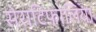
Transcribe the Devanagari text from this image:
सेराटिफ़ोलिया